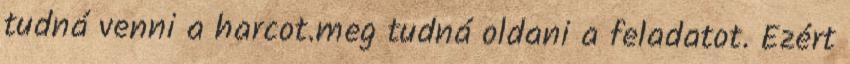
tudná venni a harcot.meg tudná oldani a feladatot. Ezért